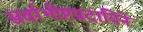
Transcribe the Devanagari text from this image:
सर्वाभीष्टप्रदायिने